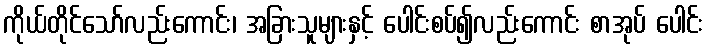
ကိုယ်တိုင်သော်လည်းကောင်း၊ အခြားသူများနှင့် ပေါင်းစပ်၍လည်းကောင်း စာအုပ် ပေါင်း